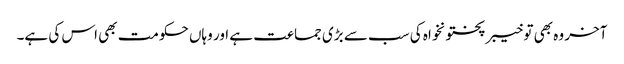
آخر وہ بھی تو خیبر پختونخواہ کی سب سے بڑی جماعت ہے اور وہاں حکومت بھی اس کی ہے۔